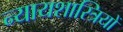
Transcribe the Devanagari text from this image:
न्यायशास्त्रियों